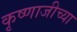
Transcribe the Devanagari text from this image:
कृष्णाजीच्या